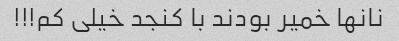
نانها خمیر بودند با کنجد خیلی کم!!!